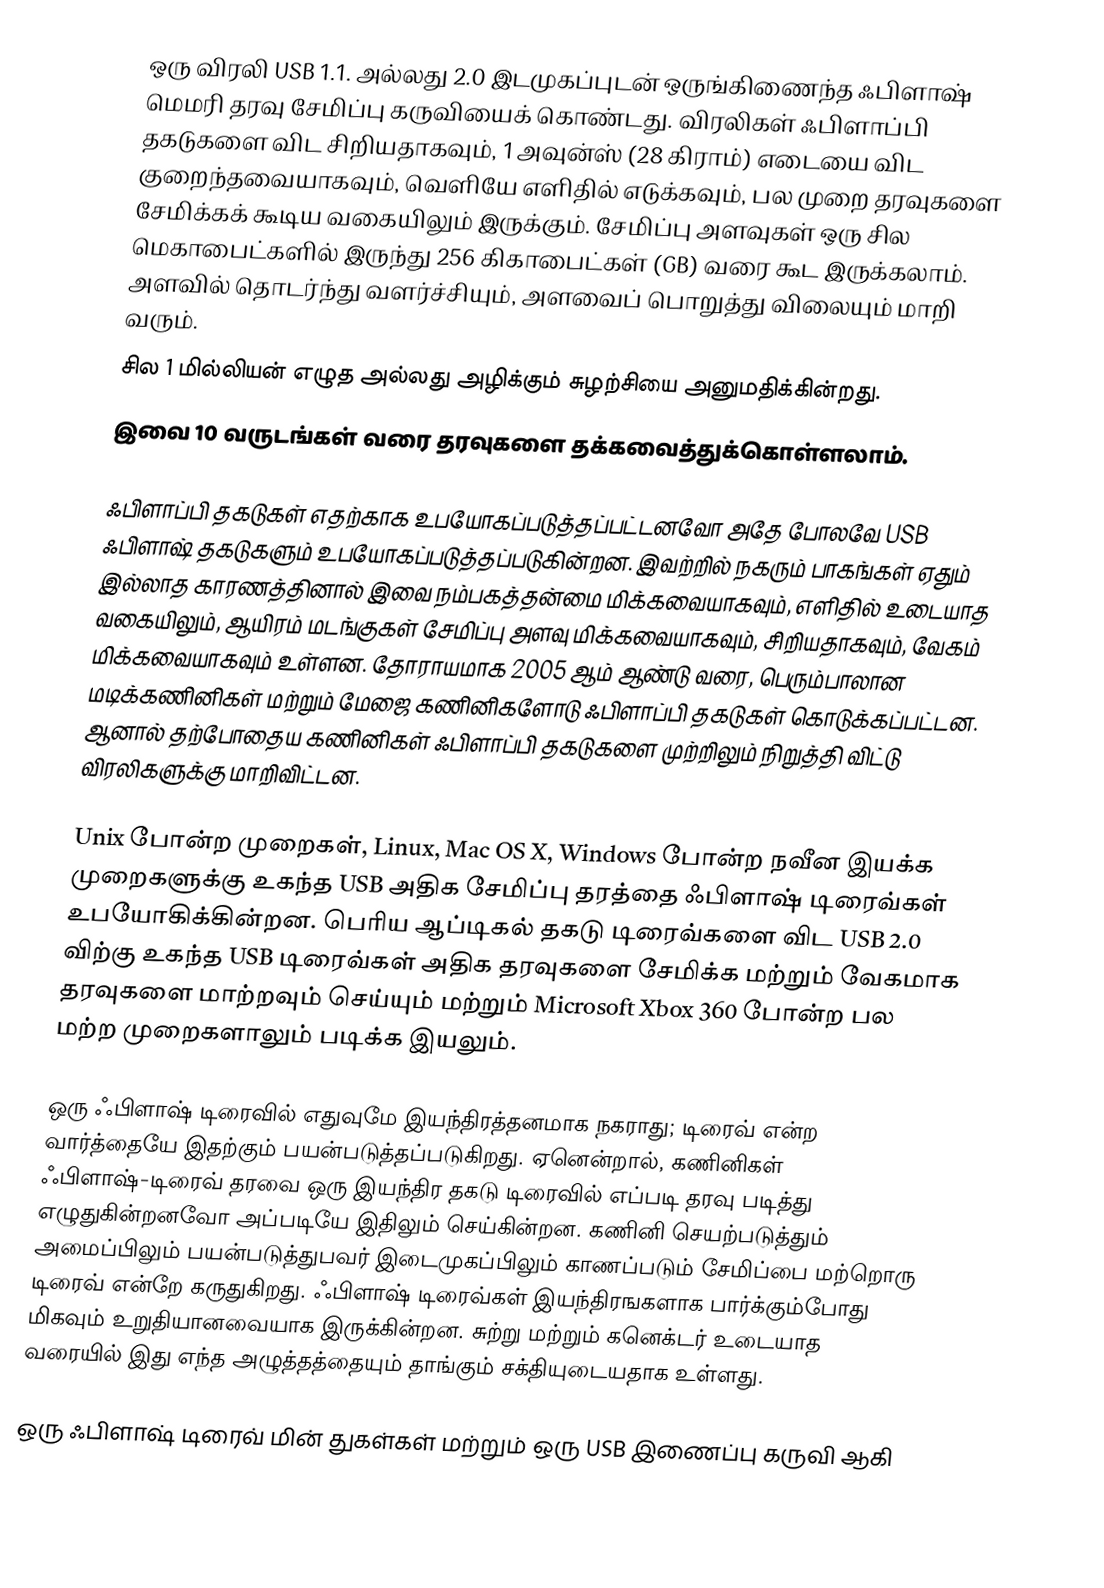
ஒரு விரலி USB 1.1. அல்லது 2.0 இடமுகப்புடன் ஒருங்கிணைந்த ஃபிளாஷ் மெமரி தரவு சேமிப்பு கருவியைக் கொண்டது. விரலிகள் ஃபிளாப்பி தகடுகளை விட சிறியதாகவும், 1 அவுன்ஸ் (28 கிராம்) எடையை விட குறைந்தவையாகவும், வெளியே எளிதில் எடுக்கவும், பல முறை தரவுகளை சேமிக்கக் கூடிய வகையிலும் இருக்கும். சேமிப்பு அளவுகள் ஒரு சில மெகாபைட்களில் இருந்து 256 கிகாபைட்கள் (GB) வரை கூட இருக்கலாம். அளவில் தொடர்ந்து வளர்ச்சியும், அளவைப் பொறுத்து விலையும் மாறி வரும்.
சில 1 மில்லியன் எழுத அல்லது அழிக்கும் சுழற்சியை அனுமதிக்கின்றது.
இவை 10 வருடங்கள் வரை தரவுகளை தக்கவைத்துக்கொள்ளலாம்.

ஃபிளாப்பி தகடுகள் எதற்காக உபயோகப்படுத்தப்பட்டனவோ அதே போலவே USB ஃபிளாஷ் தகடுகளும் உபயோகப்படுத்தப்படுகின்றன. இவற்றில் நகரும் பாகங்கள் ஏதும் இல்லாத காரணத்தினால் இவை நம்பகத்தன்மை மிக்கவையாகவும், எளிதில் உடையாத வகையிலும், ஆயிரம் மடங்குகள் சேமிப்பு அளவு மிக்கவையாகவும், சிறியதாகவும், வேகம் மிக்கவையாகவும் உள்ளன. தோராயமாக 2005 ஆம் ஆண்டு வரை, பெரும்பாலான மடிக்கணினிகள் மற்றும் மேஜை கணினிகளோடு ஃபிளாப்பி தகடுகள் கொடுக்கப்பட்டன. ஆனால் தற்போதைய கணினிகள் ஃபிளாப்பி தகடுகளை முற்றிலும் நிறுத்தி விட்டு விரலிகளுக்கு மாறிவிட்டன.

Unix போன்ற முறைகள், Linux, Mac OS X, Windows போன்ற நவீன இயக்க முறைகளுக்கு உகந்த USB அதிக சேமிப்பு தரத்தை ஃபிளாஷ் டிரைவ்கள் உபயோகிக்கின்றன. பெரிய ஆப்டிகல் தகடு டிரைவ்களை விட USB 2.0 விற்கு உகந்த USB டிரைவ்கள் அதிக தரவுகளை சேமிக்க மற்றும் வேகமாக தரவுகளை மாற்றவும் செய்யும் மற்றும் Microsoft Xbox 360 போன்ற பல மற்ற முறைகளாலும் படிக்க இயலும்.

ஒரு ஃபிளாஷ் டிரைவில் எதுவுமே இயந்திரத்தனமாக நகராது; டிரைவ் என்ற வார்த்தையே இதற்கும் பயன்படுத்தப்படுகிறது. ஏனென்றால், கணினிகள் ஃபிளாஷ்-டிரைவ் தரவை ஒரு இயந்திர தகடு டிரைவில் எப்படி தரவு படித்து எழுதுகின்றனவோ அப்படியே இதிலும் செய்கின்றன. கணினி செயற்படுத்தும் அமைப்பிலும் பயன்படுத்துபவர் இடைமுகப்பிலும் காணப்படும் சேமிப்பை மற்றொரு டிரைவ் என்றே கருதுகிறது. ஃபிளாஷ் டிரைவ்கள் இயந்திரஙகளாக பார்க்கும்போது மிகவும் உறுதியானவையாக இருக்கின்றன. சுற்று மற்றும் கனெக்டர் உடையாத வரையில் இது எந்த அழுத்தத்தையும் தாங்கும் சக்தியுடையதாக உள்ளது.

ஒரு ஃபிளாஷ் டிரைவ் மின் துகள்கள் மற்றும் ஒரு USB இணைப்பு கருவி ஆகி